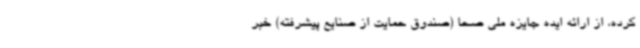
کرده، از ارائه ایده جایزه ملی صحا (صندوق حمایت از صنایع پیشرفته) خبر